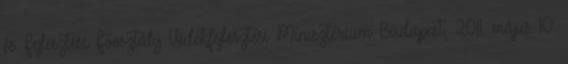
és Fejlesztési Főosztály Vidékfejlesztési Minisztérium Budapest, 2011. május 10.